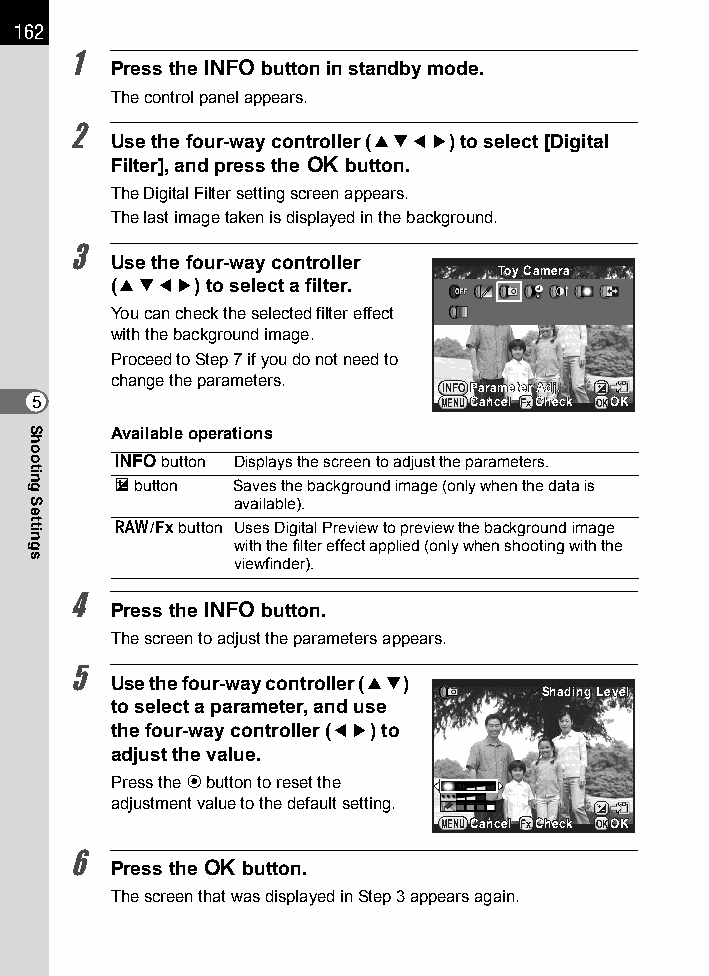
162
 1
 Press the M button in standby mode.
 The control panel appears.
 2
 Use the four-way controller (2345) to select [Digital
 Filter], and press the 4 button.
 The Digital Filter setting screen appears.
 The last image taken is displayed in the background.
 3
 Use the four-way controller
 TTooyy CCaammeerraa
 (2345) to select a filter.
 You can check the selected filter effect
 with the background image.
 Proceed to Step 7 if you do not need to
 change the parameters.
 INFOPPaarraammeetteerr AAddjj..
 5                          MENUCCaanncceell CChheecckk OKOOKK
 Available operations
 M   button Displays the screen to adjust the parameters.
 m button Saves the background image (only when the data is
 available).
 V/Y  button Uses Digital Preview to preview the background image
 with the filter effect applied (only when shooting with the
 viewfinder).
 4
 Press the M button.
 The screen to adjust the parameters appears.
 5
 Use the four-way controller (23)
 SShhaaddiinngg LLeevveell
 to select a parameter, and use
 the four-way controller (45) to
 adjust the value.
 Press the d button to reset the
 adjustment value to the default setting.
 MENUCCaanncceell CChheecckk OKOOKK
 6
 Press the 4 button.
 The screen that was displayed in Step 3 appears again.
 Shooting
 Settings